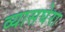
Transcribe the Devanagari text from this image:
व्यासघेरा